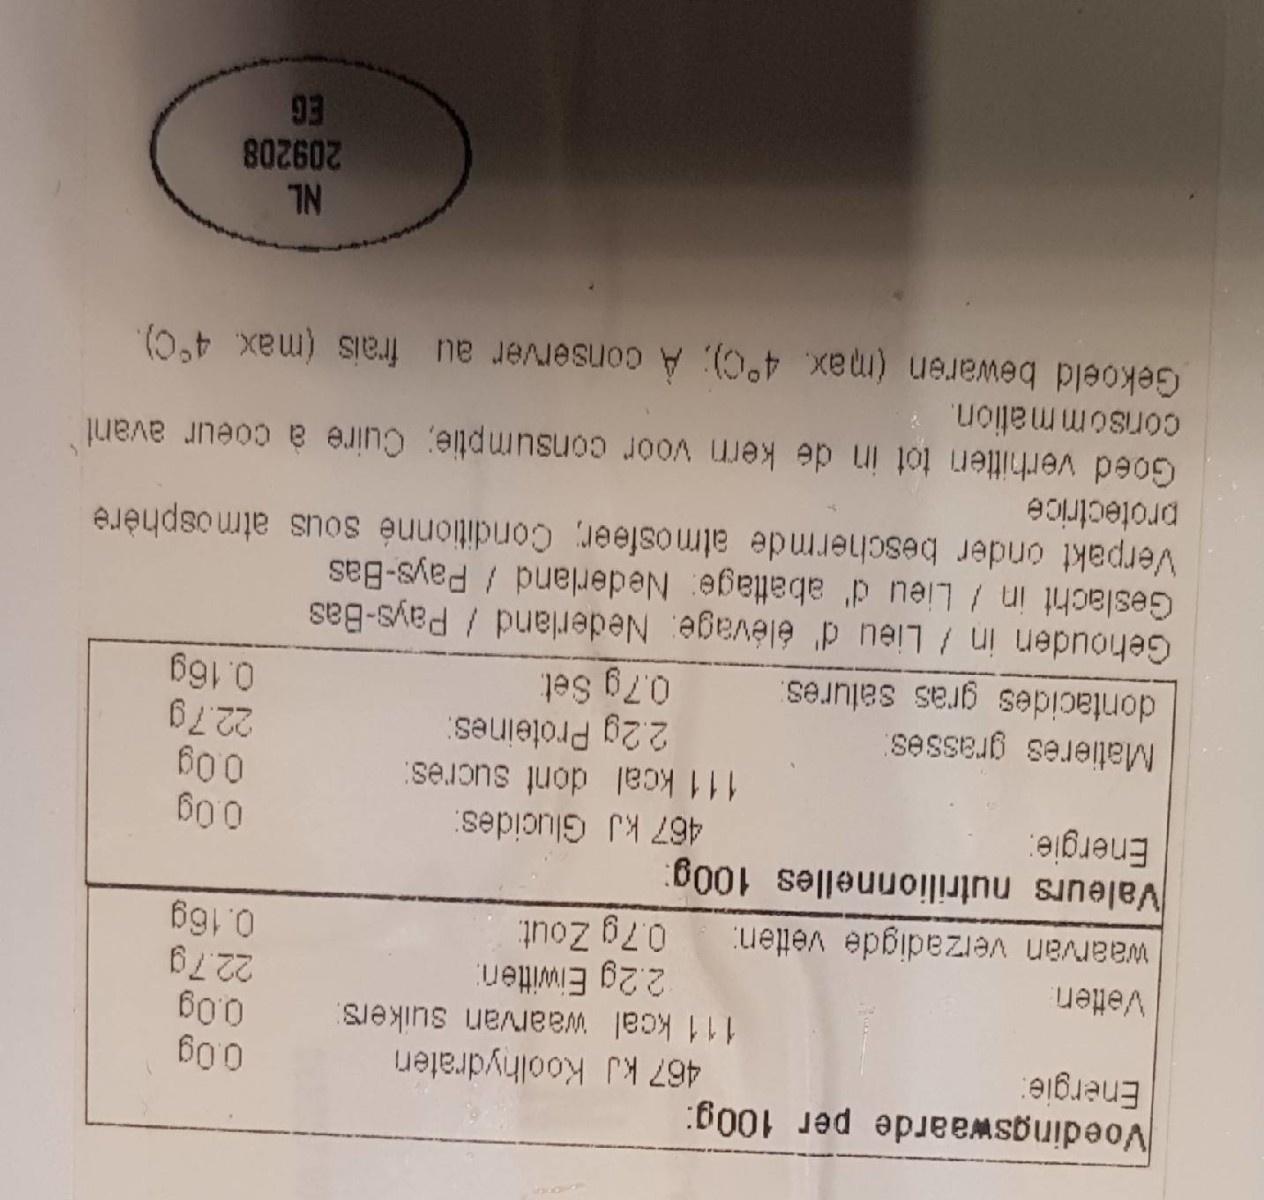
Voedingswaarde per 100g: Energie:
467 kJ Koolhydraten 111 kcal waarvan suikers:
600
600 22.7g
Vetten
2.2g Eiwitten
0.16g
waarvan verzadigde vetten: Valeurs nutrilionnelles 100g: Energie:
0.7g Zout
467 kJ Glucides: 111 kcal dont sucres: 2.2g Proteines:
600
600 22.7g
Matieres grasses: dontacides gras salures.
0.7g Set
Gehouden in / Lieu d' élévage. Nederland / Pays-Bas Geslacht in / Lieu d' abattage: Nederland / Pays-Bas Verpakt onder beschermde atmosfeer, Conditionné sous atmosphère protectrice Goed verhitten tot in de kern voor consumptie; Cuire à coeur avant consommation. Gekoeld bewaren (max. 4°C); A conserver au frais (max. 4°C).
7N 209208
93